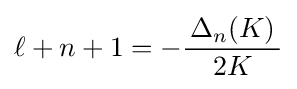
\ell +n+1=-{\frac {\,\Delta _{n}(K)\,}{2K}}